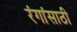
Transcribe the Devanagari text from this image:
रंगांसाठी